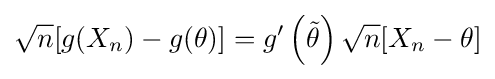
{\sqrt {n}}[g(X_{n})-g(\theta )]=g'\left({\tilde {\theta }}\right){\sqrt {n}}[X_{n}-\theta ]